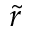
\tilde { r }